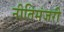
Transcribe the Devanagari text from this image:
नीतिमंजरी